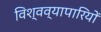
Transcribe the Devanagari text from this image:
विश्वव्यापारियों